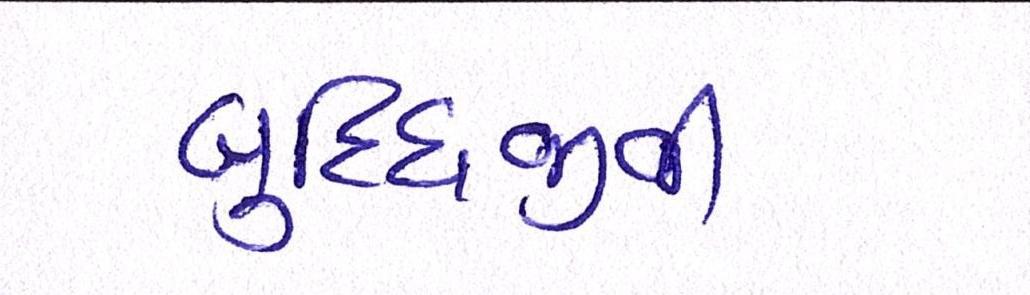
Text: બુધ્ધિજીવી